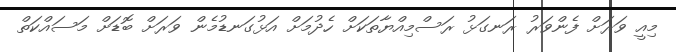
މިއީ ވަރަށް ފެންވަރު ރަނގަޅު ރަސްމިއްޔާތަކަށް ހެދުމަށް އަޅުގަނޑުމެން ވަރަށް ބޮޑަށް މަސައްކަތް